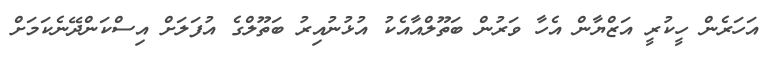
އަހަރެން ހީކުރީ އަޒްޔާން އެހާ ވަރުން ބަތޫލްއާއެކު އުޅުނުއިރު ބަތޫލްގެ އުފަލަށް އިސްކަންދޭނެކަމަށް